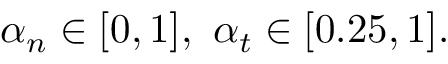
\alpha _ { n } \in [ 0 , 1 ] , \ \alpha _ { t } \in [ 0 . 2 5 , 1 ] .